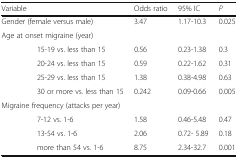
| Variable |  | Odds ratio | 95% IC | P |
 | --- | --- | --- | --- | --- |
 | <COLSPAN=2> Gender (female versus male) | 3.47 | 1.17-10.3 | 0.025 |
 | <COLSPAN=5> Age at onset migraine (year) |
 |  | 15-19 vs. less than 15 | 0.56 | 0.23-1.38 | 0.3 |
 |  | 20-24 vs. less than 15 | 0.59 | 0.22-1.62 | 0.31 |
 |  | 25-29 vs. less than 15 | 1.38 | 0.38-4.98 | 0.63 |
 |  | 30 or more vs. less than 15 | 0.242 | 0.09-0.66 | 0.005 |
 | <COLSPAN=5> Migraine frequency (attacks per year) |
 |  | 7-12 vs. 1-6 | 1.58 | 0.46-5.48 | 0.47 |
 |  | 13-54 vs. 1-6 | 2.06 | 0.72- 5.89 | 0.18 |
 |  | more than 54 vs. 1-6 | 8.75 | 2.34-32.7 | 0.001 |